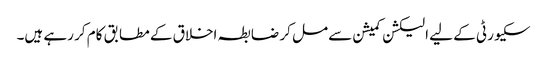
سکیورٹی کے لیے الیکشن کمیشن سے مل کر ضابطہ اخلاق کے مطابق کام کر رہے ہیں۔